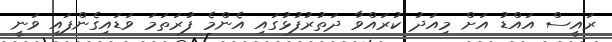
ރައީސް އައްޑު އަށް މިއަދު ކުރައްވާ ދަތުރުފުޅުގައި އެންމެ ފުރަތަމަ ވަޑައިގެންފައި ވަނީ